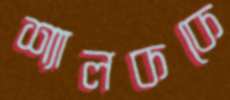
শ্যালককে